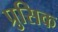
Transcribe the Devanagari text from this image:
प्रुसिक